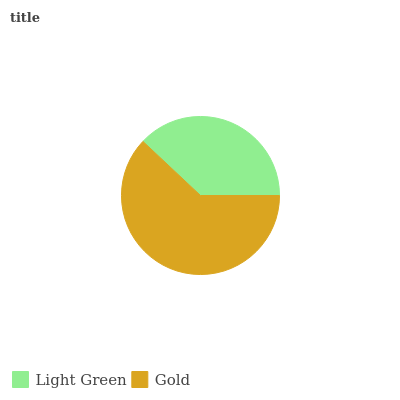
| Light Green | Gold |
 | --- | --- |
 | 38% | 62% |